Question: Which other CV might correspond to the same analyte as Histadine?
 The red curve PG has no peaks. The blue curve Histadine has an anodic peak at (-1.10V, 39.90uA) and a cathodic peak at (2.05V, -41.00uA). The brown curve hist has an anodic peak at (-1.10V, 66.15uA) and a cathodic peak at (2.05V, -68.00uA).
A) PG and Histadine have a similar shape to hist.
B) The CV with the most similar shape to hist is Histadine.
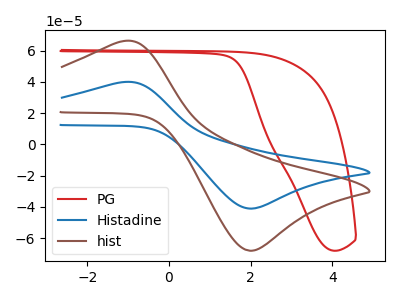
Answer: <think>"PG" and "Histadine" have a different number of peaks. "PG" and "hist" have a different number of peaks. All the peaks in "Histadine" have a peak in "hist" at the same potential. Every peak in "Histadine" is lower than every peak in "hist".
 </think>
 <answer>B) The CV with the most similar shape to "hist" is "Histadine".</answer>
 <eval>B</eval>